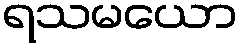
ရသမယော